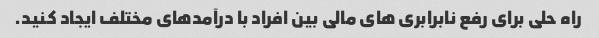
راه حلی برای رفع نابرابری های مالی بین افراد با درآمدهای مختلف ایجاد کنید.